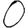
Digit: 0